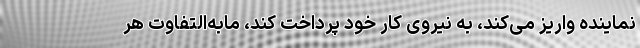
نماینده واریز می‌کند، به نیروی کار خود پرداخت کند، مابه‌التفاوت هر